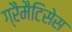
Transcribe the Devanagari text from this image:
ग्रैमैटिसेस